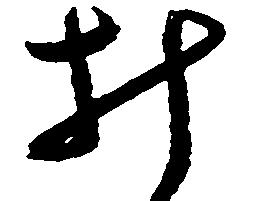
み